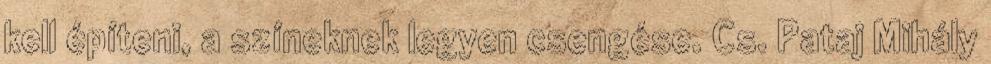
kell építeni, a színeknek legyen csengése. Cs. Pataj Mihály